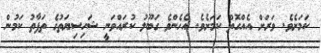
ކަމަށެވެ. ވަރަށް އެއްގޮތް ކަމަށެވެ. އެހެންވެ ގަބޫލު ކުރައްވަނީ ޝަހިސިޔަތުގެ ތަފާތު ކަމުން